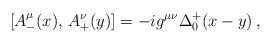
LaTeX: \begin{align*}[A^\mu _-(x),\, A^\nu _+(y)]=-i g^{\mu\nu} \Delta^+_0(x-y) \, , \end{align*}